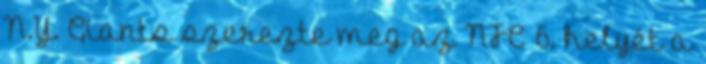
N.Y. Giants szerezte meg az NFC 6. helyét a